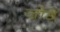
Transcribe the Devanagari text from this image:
जो़ड़े